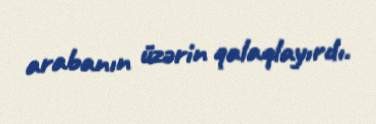
arabanın üzərin qalaqlayırdı.